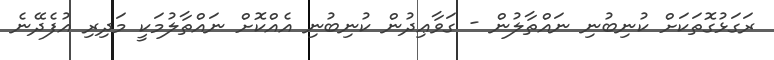
ރަގަޅުގޮތަކަށް ކުނިބުނި ނައްތާލުން - ގަވާޢިދުން ކުނިބުނި އެއްކޮށް ނައްތާލުމަކީ މަދިރި އުފެދޭނެ